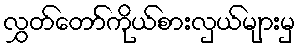
လွှတ်တော်ကိုယ်စားလှယ်များမှ